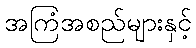
အကြံအစည်များနှင့်